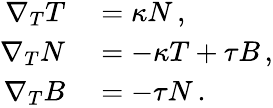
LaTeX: \begin{array}{rl}{\nabla_{T}T}&{{}=\kappa N\, ,}\\ {\nabla_{T}N}&{{}=-\kappa T+\tau B\, ,}\\ {\nabla_{T}B}&{{}=-\tau N\, .}\end{array}